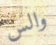
والس